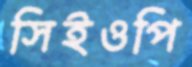
সিইওপি